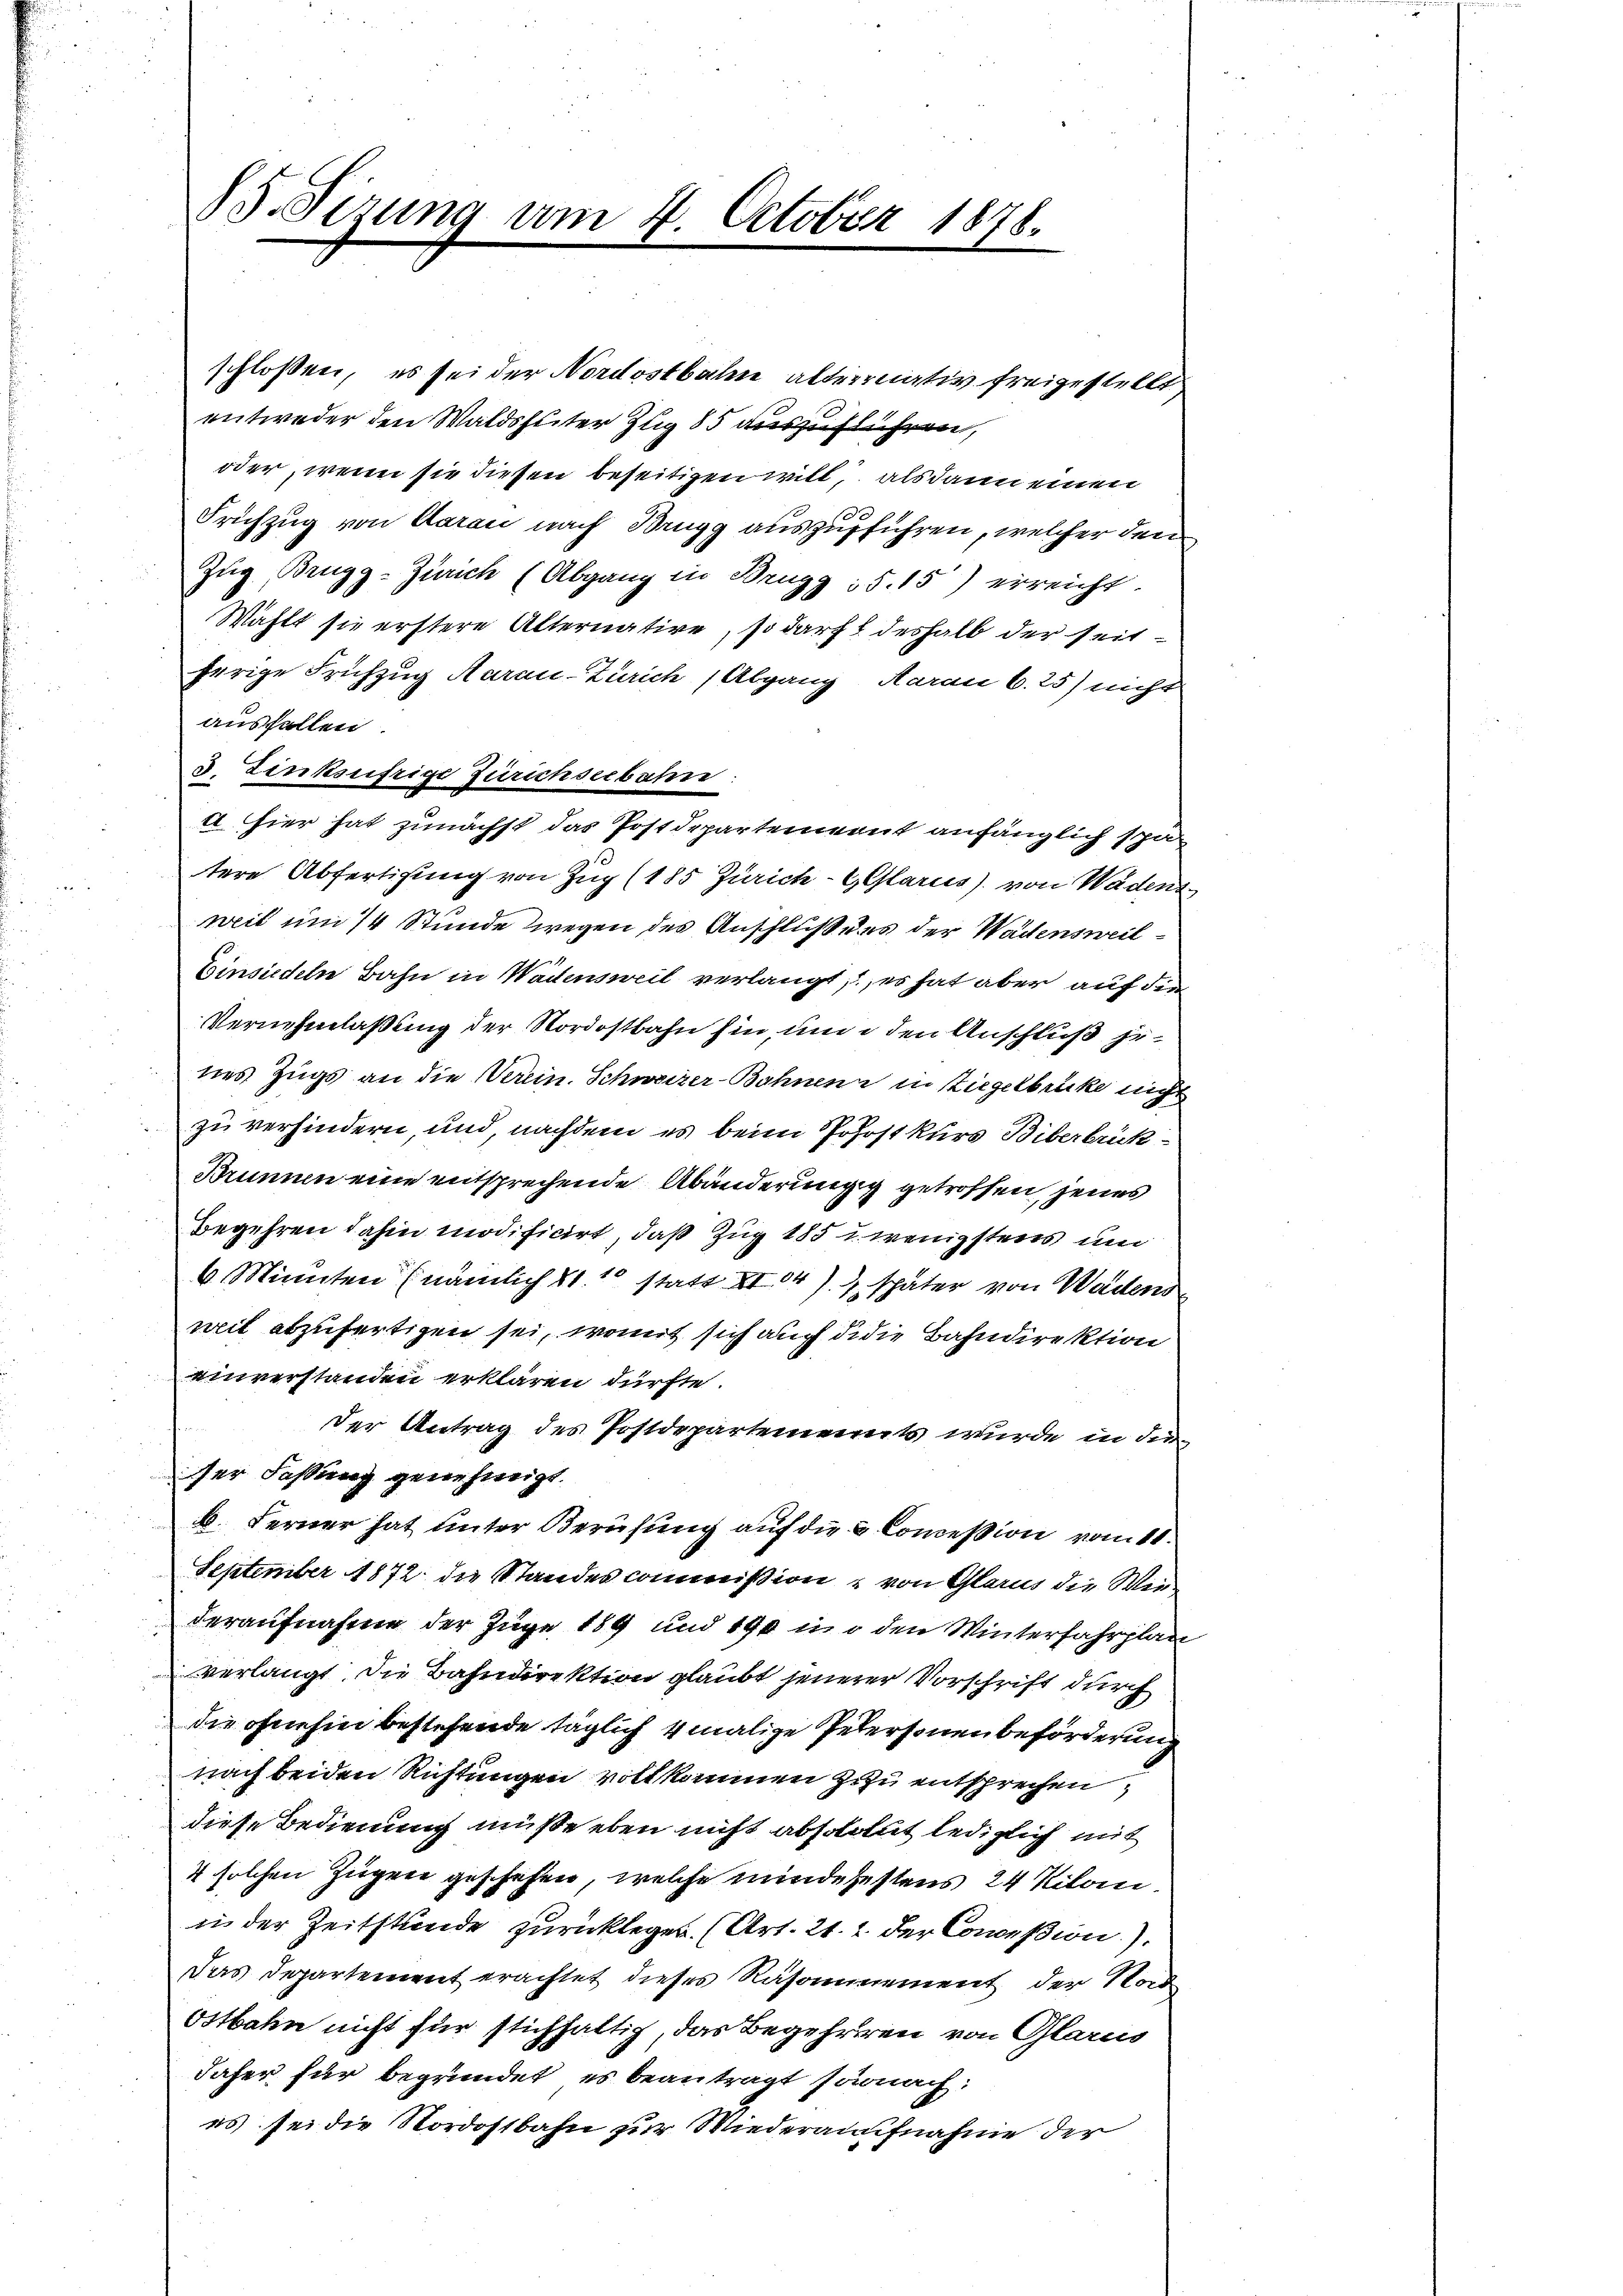
B.Sizung am 4. October 1878.

schlossen, es sei der Nordostbahn alternativ freigestellt
entweder den Waldshuter Zug 85 auszuführen,
oder, wenn sie diesen beseitigen will, als dann einen
Orichzug von Aarau nach Brugg auszuführen, welcher den
Zug Brugg-Zürich (Abgang in Brugg S. 15) erreicht.
Wählt sie erstere Alternative, so darf deshalb der seit
herige Frühzug Aarau-Zürich, Abgang, Aarau 6.25) nicht
ausfallen.
3. Zinksufrige Zürichseebahn
a hier hat zunächst das Postdepartement anfänglich scha
tere Abfertigung von Zug (185 Zürich- & Glarus) von Wadens
weit um 14 Stunde wegen des Anschluß des der Wädensweil¬
Einsiedeln Bahn in Wädensweil verlangt, es hat aber auf die
Vernehmlassung der Nordostbahn hin, und den Anschluß jenes Zugs an die Verein. Schweizer-Bahnen in Ziegelbrücke nicht
zu verhindern, und, nachdem es beim Johostkurs Biberbrück¬
Brunnen eine entsprechende Abänderungig getroffen, jenes
Begehren dahin modificirt, daß Zug 185 u. wenigstens und
6 Minuten (nämlich S. 10 statt XI04). später von Wadens
weit abzufertigen sei, womit sich auch di die Bahndirektion
einverstanden erklären dürfte.
t
Der Antrag des Postdepartements wurde in dieser Fassung genehmigt.
b. Ferner hat unter Berufung auf die u Conceßion vom 11.
September 1872 die Standescommißion von Glarus die Wiederaufnahme der Juge 189 und 190 in o den Winterfahrplan
verlangt. Die Bahndirektion glaubt jenerer Vorschrift durch
die ohnehin bestehende täglich 4 malige Petersonen Beförderung
nach beiden Richtungen vollkommen zu entsprechen,
diese Bedienung müße eben nicht absolut lediglich mit
4 solchen Zügen geschehen, welche mindegestens 24 Kilon
in der Zeitstände zurücklegen. (Art. 21. 2. der Conceßion).
Das Departement erachtet dieses Räsonnement der Nord
Ostbahn nicht für stichfaltig, das Begehreren von Glarus
daher für begründet, es beantragt särnach:
es sei die Nordostbahn zur Wiederaufnahme der